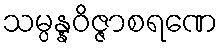
သမ္ပန္နဝိဇ္ဇာစရဏေ